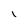
Character: I